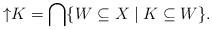
LaTeX: \begin{align*} {\uparrow}K=\bigcap\{W\subseteq X\mid K\subseteq W \}. \end{align*}